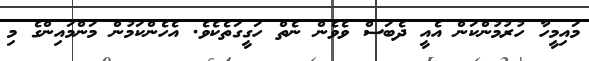
މައިމީހާ ހުރުމުންކަން އެއީ ދެބަސް ވެވެން ނެތް ހަގީގަތެކެވެ. އެހެންކަމުން މަންމައިންގެ މި